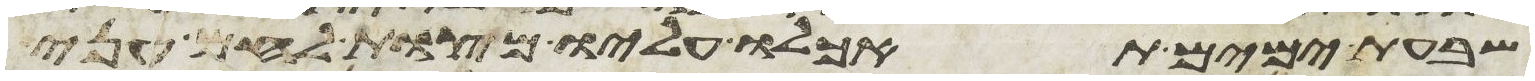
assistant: שבעת ימים תאכלו עליו מצות לחם עני